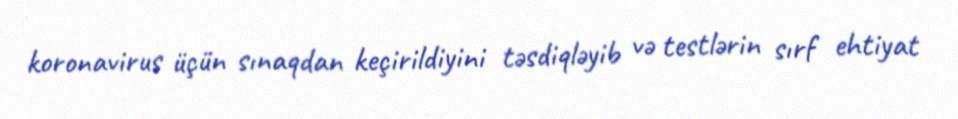
koronavirus üçün sınaqdan keçirildiyini təsdiqləyib və testlərin sırf ehtiyat